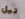
تيل